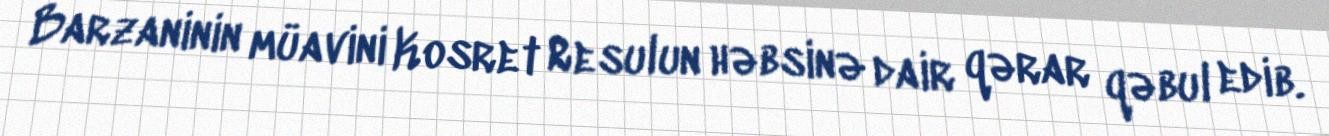
Barzaninin müavini Kosret Resulun həbsinə dair qərar qəbul edib.